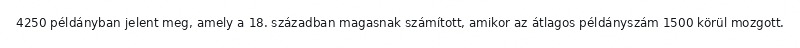
4250 példányban jelent meg, amely a 18. században magasnak számított, amikor az átlagos példányszám 1500 körül mozgott.